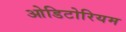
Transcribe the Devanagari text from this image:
ओडिटोरियम